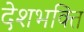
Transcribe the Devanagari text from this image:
देशभक्‍ित